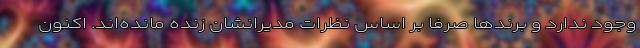
وجود ندارد و برندها صرفا بر اساس نظرات مدیرانشان زنده مانده‌اند. اکنون